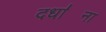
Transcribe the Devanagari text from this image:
दधा॑ना